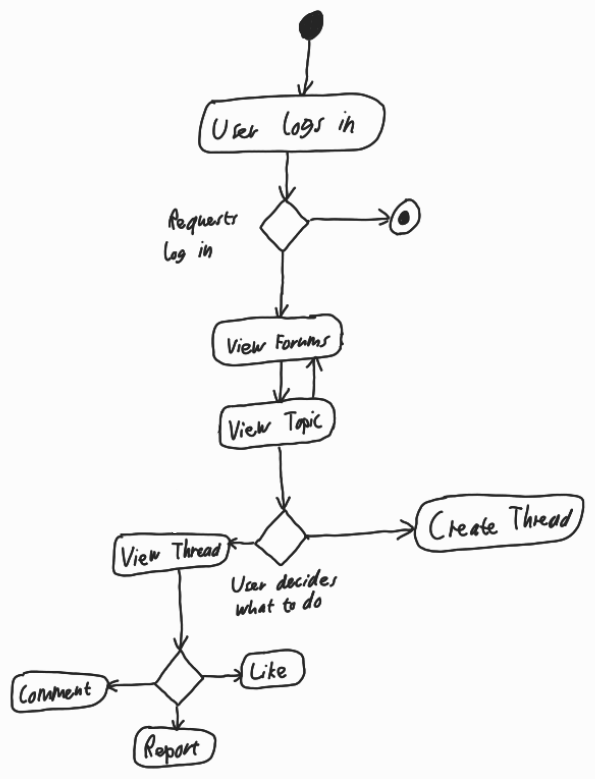
Diagram type: activity_diagram
```plantuml
@startuml

start

:User logs in;

if (Requests log in)
  stop
endif

repeat:View Forums;

repeat while (View Topic)

if (User decides what to do)
  :Create Thread;
  detach
else
  :View Thread;
  switch ()
    case ()
      :Comment;
      detach
    case ()
      :Report;
      detach
    case ()
      :Like;
      detach
    endswitch

endif

@enduml
```